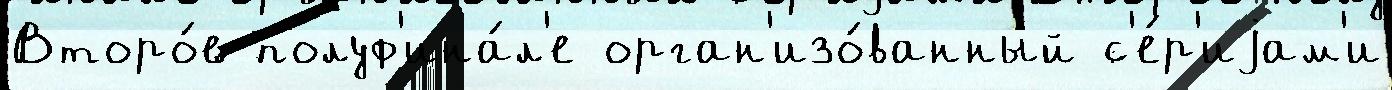
Второ́е полуф'ина́л'е орган'изо́ванный с'е́р'иjам'и